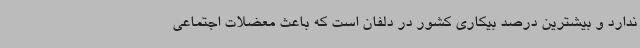
ندارد و بیشترین درصد بیکاری کشور در دلفان است که باعث معضلات اجتماعی